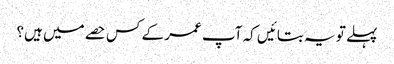
پہلے تو یہ بتائیں کہ آپ عمر کے کس حصے میں‌ ہیں؟